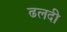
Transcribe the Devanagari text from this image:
ढलदी